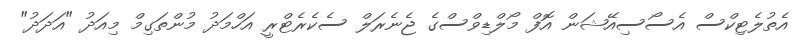
އެތުލެޓިކްސް އެސޯސިއޭޝަން އޮފް މޯލްޑިވްސްގެ ޖެނެރަލް ސެކެރެޓްރީ އަހްމަދު މުންތަގިމް މިއަދު "އަދަދު"